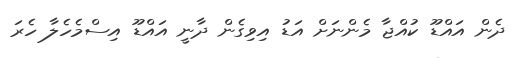
ދެން އައްޑޫ ކުއްޖާ މެންނަށް އަޑު އިވިގެން ދާނީ އައްޑޫ އިސްމެހެލާ ހެރަ